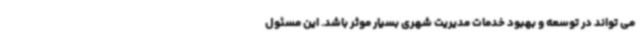
می تواند در توسعه و بهبود خدمات مدیریت شهری بسیار موثر باشد. این مسئول